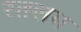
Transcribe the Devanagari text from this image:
रतलम